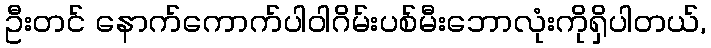
ဦးတင် နောက်ကောက်ပါဝါဂိမ်းပစ်မီးဘောလုံးကိုရှိပါတယ်,